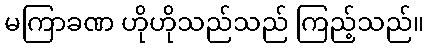
မကြာခဏ ဟိုဟိုသည်သည် ကြည့်သည်။